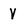
Character: V